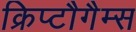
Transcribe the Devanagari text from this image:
क्रिप्टौगैम्स